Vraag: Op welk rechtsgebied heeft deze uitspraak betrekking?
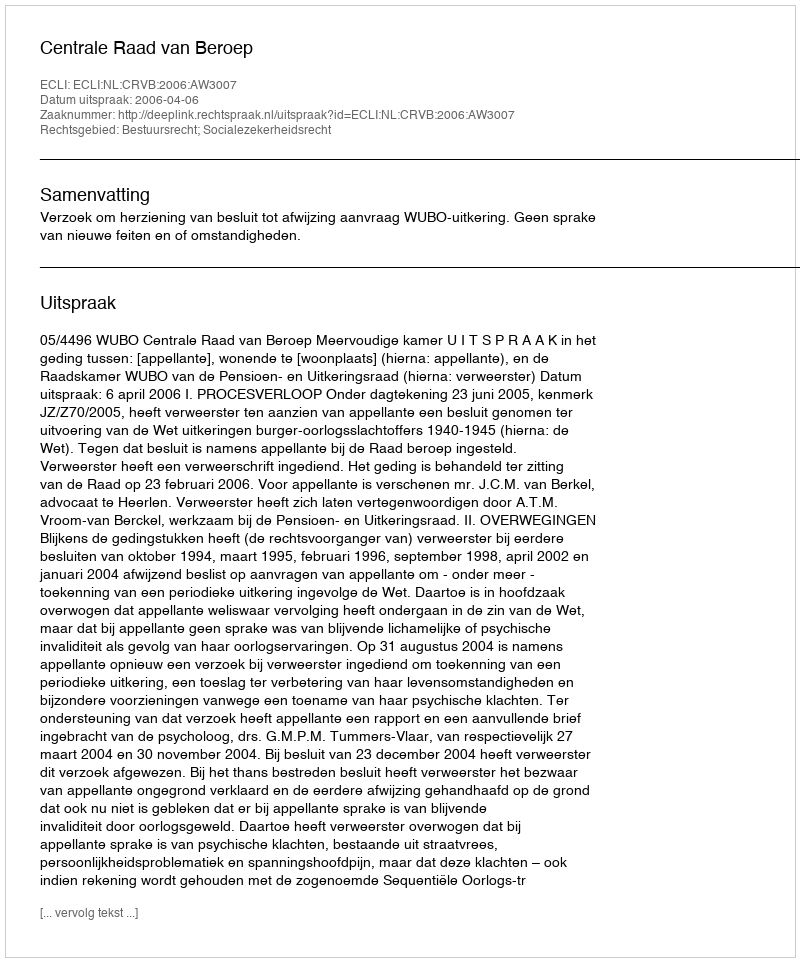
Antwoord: Bestuursrecht; Socialezekerheidsrecht